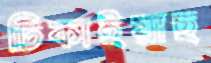
ঢিকাইয়াছ